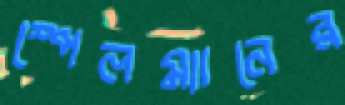
স্পেলম্যানের